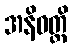
အနိဝတ္တိ